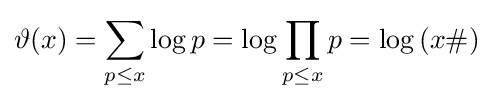
\vartheta (x)=\sum _{p\leq x}\log p=\log \prod _{p\leq x}p=\log \left(x\#\right)